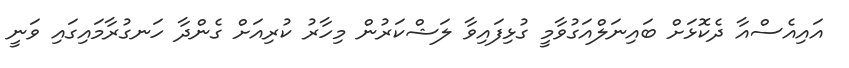
އައިއެސްއާ ދެކޮޅަށް ބައިނަލްއަގުވާމީ ގުޅިފައިވާ ލަޝްކަރުން މިހާރު ކުރިއަށް ގެންދާ ހަނގުރާމައިގައި ވަނީ